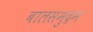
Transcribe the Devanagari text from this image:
बालसमुद्रम